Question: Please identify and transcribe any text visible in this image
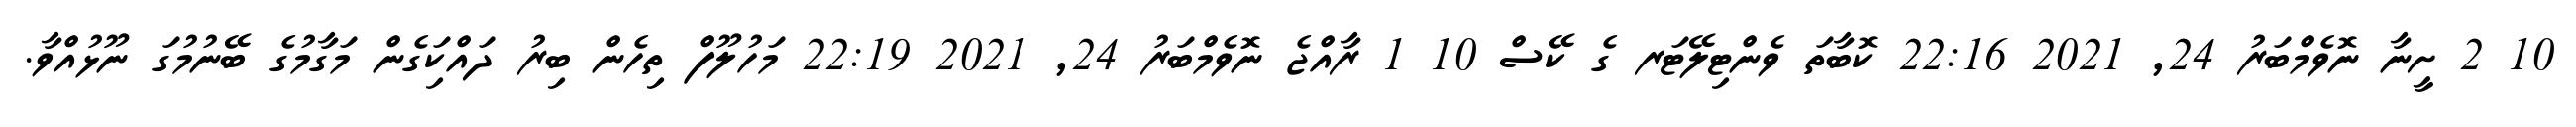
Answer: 10 2 ށީނާ ނޮވެމްބަރު 24, 2021 22:16 ކޮބާތަ ވެންޓިލޭޓަރ ގެ ކޭސް 10 1 ރާއްޖެ ނޮވެމްބަރު 24, 2021 22:19 މަހުލޫފް ތިހެން ބިރު ދައްކަިގެން މަގާމުގެ ބޭނުމުގަ ނޫޅުއްވާ.